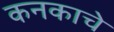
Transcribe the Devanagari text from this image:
कनकाचे